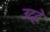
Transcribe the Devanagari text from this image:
उद्दे